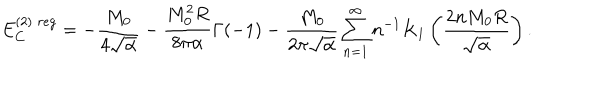
LaTeX: E _ { C } ^ { ( 2 ) \; r e g } = - \frac { M _ { 0 } } { 4 \sqrt { \alpha } } - \frac { M _ { 0 } ^ { 2 } R } { 8 \pi \alpha } \Gamma ( - 1 ) - \frac { M _ { 0 } } { 2 \pi \sqrt { \alpha } } \sum _ { n = 1 } ^ { \infty } n ^ { - 1 } K _ { 1 } \left( \frac { 2 n M _ { 0 } R } { \sqrt { \alpha } } \right) .